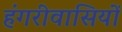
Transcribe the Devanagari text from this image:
हंगरीवासियों